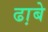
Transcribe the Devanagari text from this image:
ढा़बे